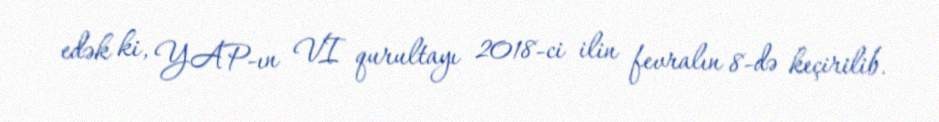
edək ki, YAP-ın VI qurultayı 2018-ci ilin fevralın 8-də keçirilib.